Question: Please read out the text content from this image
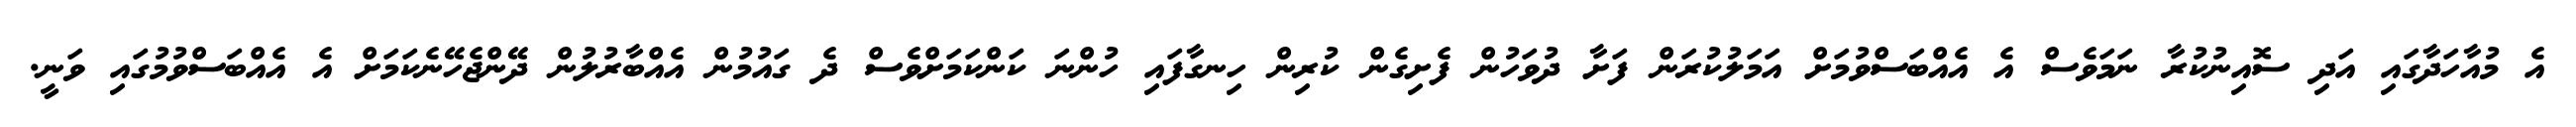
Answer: އެ މުއާހަދާގައި އަދި ސޮއިނުކުރާ ނަމަވެސް އެ އެއްބަސްވުމަށް އަމަލުކުރަން ފަށާ ދުވަހުން ފެށިގެން ކުރިން ހިނގާފައި ހުންނަ ކަންކަމަށްވެސް ދެ ގައުމުން އެއްބާރުލުން ދޭންޖެހޭނެކަމަށް އެ އެއްބަސްވުމުގައި ވަނީ.